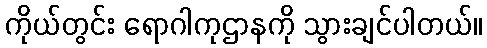
ကိုယ်တွင်း ရောဂါကုဌာနကို သွားချင်ပါတယ်။